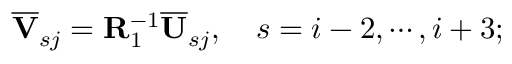
\overline { { \mathbf { V } } } _ { s j } = \mathbf { R } _ { 1 } ^ { - 1 } \overline { { \mathbf { U } } } _ { s j } , \quad s = i - 2 , \cdots , i + 3 ;